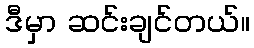
ဒီမှာ ဆင်းချင်တယ်။